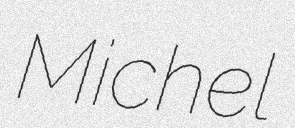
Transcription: Michel